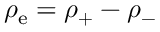
\rho _ { \mathrm { e } } = \rho _ { + } - \rho _ { - }